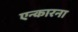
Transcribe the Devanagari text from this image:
एन्कारना